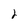
Character: 2